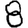
Digit: 8